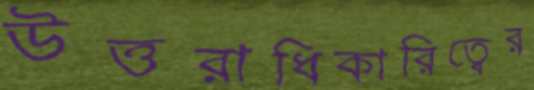
উত্তরাধিকারিত্বের